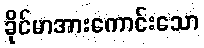
ခိုင်မာအားကောင်းသော